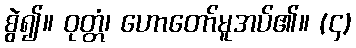
စွဲ၍။ ဝုတ္တံ၊ ဟောတော်မူအပ်၏။ (၄)